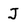
Character: J